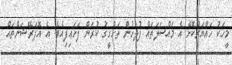
މީހަކު ހައްޔަރުކޮށް އެ މައްސަލަތައް ފުލުހުން ތަހުގީގު ކުރަން ފަށައިފިއެވެ. އެ އޮޕަރޭޝަންތައް